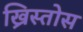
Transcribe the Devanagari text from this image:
ख्रिस्तोस